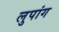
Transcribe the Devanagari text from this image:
लुपांग